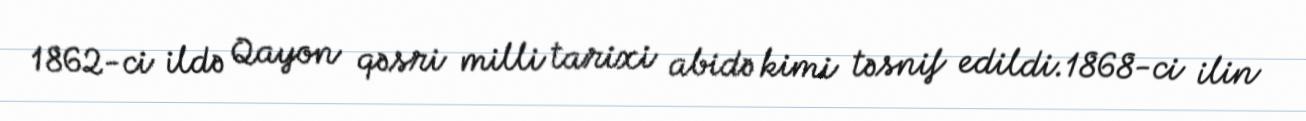
1862-ci ildə Qayon qəsri milli tarixi abidə kimi təsnif edildi.1868-ci ilin